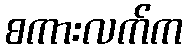
စကားလက်က